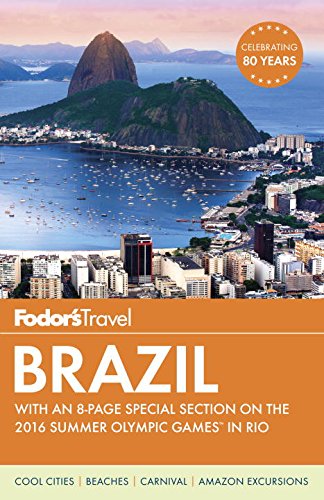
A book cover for Fodor's Brazil: With an 8-page Special Section on the 2016 Summer Olympic Games in Rio (Travel Guide); Fodor's; Travel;